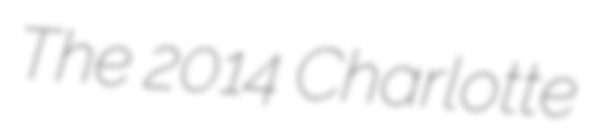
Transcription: The 2014 Charlotte